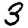
Digit: 3